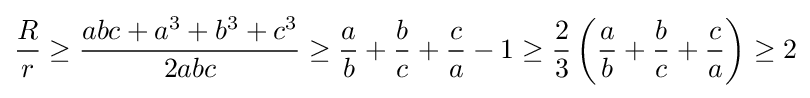
{\frac {R}{r}}\geq {\frac {abc+a^{3}+b^{3}+c^{3}}{2abc}}\geq {\frac {a}{b}}+{\frac {b}{c}}+{\frac {c}{a}}-1\geq {\frac {2}{3}}\left({\frac {a}{b}}+{\frac {b}{c}}+{\frac {c}{a}}\right)\geq 2